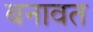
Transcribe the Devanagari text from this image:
बनावत